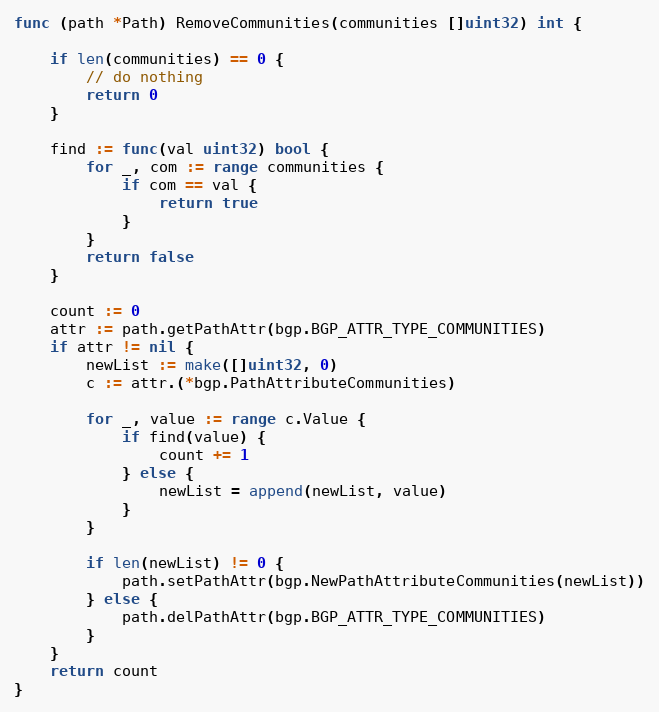
Language: Go
func (path *Path) RemoveCommunities(communities []uint32) int {

	if len(communities) == 0 {
		// do nothing
		return 0
	}

	find := func(val uint32) bool {
		for _, com := range communities {
			if com == val {
				return true
			}
		}
		return false
	}

	count := 0
	attr := path.getPathAttr(bgp.BGP_ATTR_TYPE_COMMUNITIES)
	if attr != nil {
		newList := make([]uint32, 0)
		c := attr.(*bgp.PathAttributeCommunities)

		for _, value := range c.Value {
			if find(value) {
				count += 1
			} else {
				newList = append(newList, value)
			}
		}

		if len(newList) != 0 {
			path.setPathAttr(bgp.NewPathAttributeCommunities(newList))
		} else {
			path.delPathAttr(bgp.BGP_ATTR_TYPE_COMMUNITIES)
		}
	}
	return count
}